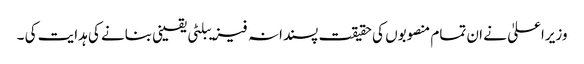
وزیراعلیٰ نے ان تمام منصوبوں کی حقیقت پسندانہ فیزیبلٹی یقینی بنانے کی ہدایت کی ۔